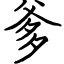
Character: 爹